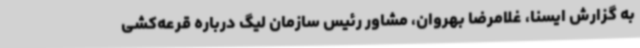
به گزارش ایسنا، غلامرضا بهروان، مشاور رئیس سازمان لیگ درباره قرعه‌کشی